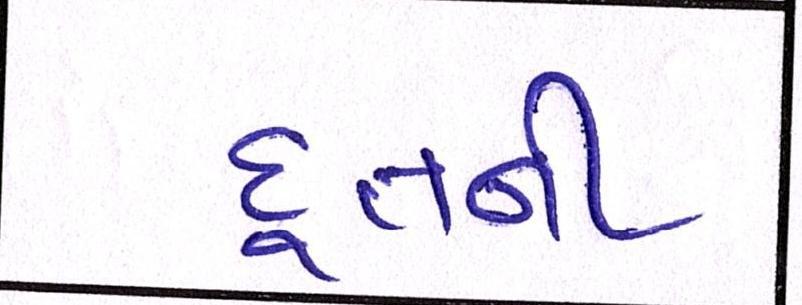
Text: દૂતની